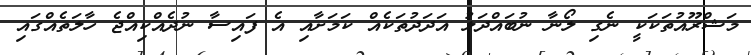
މަޝްރޫއުތަކަކީ ނެގި ލޯނާ ނުބައްދަލު އަދަދުތަކެއް ކަމަށާއި އެ ފައިސާ ނުދެއްކިއްޖެ ހާލަތެއްގައި